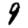
Digit: 9